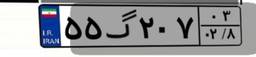
۵۵گ۲۰۷۰۳